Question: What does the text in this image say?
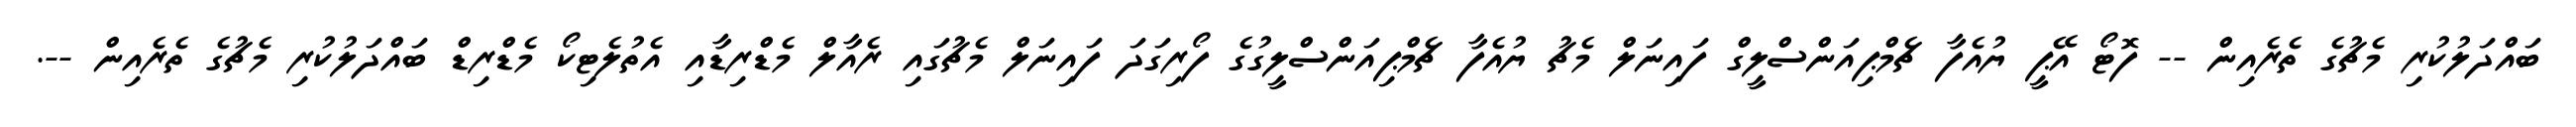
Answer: ބައްދަލުކުރި މެޗުގެ ތެރެއިން -- ފޮޓޯ އޭޕީ ޔުއެފާ ޗެމްޕިއަންސްލީގް ފައިނަލް މެޗު ޔުއެފާ ޗެމްޕިއަންސްލީގުގެ ފޯރިގަދަ ފައިނަލް މެޗުގައި ރެއާލް މެޑްރިޑާއި އެތުލެޓިކޯ މެޑްރިޑް ބައްދަލުކުރި މެޗުގެ ތެރެއިން --.